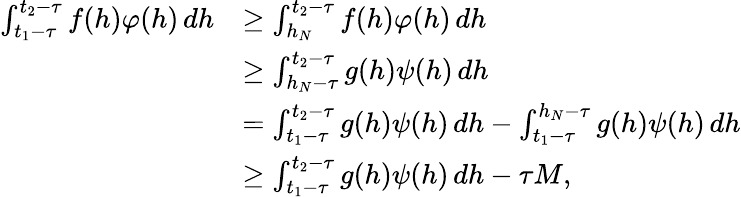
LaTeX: \begin{array}{rl}{\int_{t_{1}-\tau}^{t_{2}-\tau}f(h)\varphi(h)\, dh}&{\geq\int_{h_{N}}^{t_{2}-\tau}f(h)\varphi(h)\, dh}\\ &{\geq\int_{h_{N}-\tau}^{t_{2}-\tau}g(h)\psi(h)\, dh}\\ &{=\int_{t_{1}-\tau}^{t_{2}-\tau}g(h)\psi(h)\, dh-\int_{t_{1}-\tau}^{h_{N}-\tau}g(h)\psi(h)\, dh}\\ &{\geq\int_{t_{1}-\tau}^{t_{2}-\tau}g(h)\psi(h)\, dh-\tau M,}\end{array}